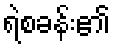
ရဲစခန်း၏